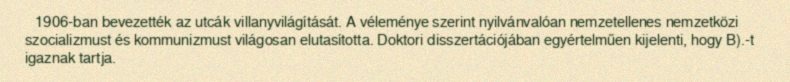
1906-ban bevezették az utcák villanyvilágítását. A véleménye szerint nyilvánvalóan nemzetellenes nemzetközi szocializmust és kommunizmust világosan elutasította. Doktori disszertációjában egyértelműen kijelenti, hogy B).-t igaznak tartja.